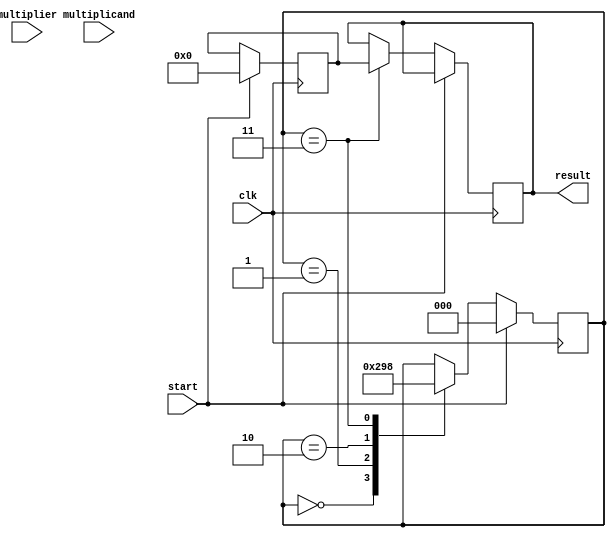
module BoothMultiplier(
  input [7:0] multiplier,
  input [7:0] multiplicand,
  input clk,
  input start,
  output reg [15:0] result
);

reg [7:0] booth_encoded_multiplier;
reg [7:0] booth_encoded_multiplicand;
reg [7:0] partial_product;
reg [15:0] acc;
reg [2:0] state;

always @(posedge clk) begin
  if (start) begin
    booth_encoded_multiplier = multiplier;
    booth_encoded_multiplicand = multiplicand;
    acc = 16'b0;
    partial_product = 8'b0;
    state = 3'd0;
  end else begin
    case (state)
      3'd0: begin // Booth encoder
        // Booth encoder logic here
        state = 3'd1;
      end
      3'd1: begin // Multiplier
        // Multiplier logic here
        state = 3'd2;
      end
      3'd2: begin // Accumulator
        // Accumulator logic here
        state = 3'd3;
      end
      3'd3: begin // Output result
        result = acc;
        state = 3'd0;
      end
    endcase
  end
end

endmodule